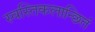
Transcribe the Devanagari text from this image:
स्वस्तिकलान्छितं